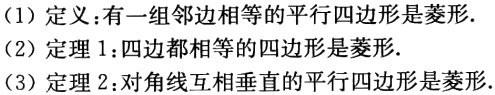
（1）定义：有一组邻边相等的平行四边形是菱形.
（2）定理1：四边都相等的四边形是菱形.
（3）定理2：对角线互相垂直的平行四边形是菱形.